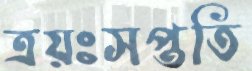
ত্রয়ঃসপ্ততি